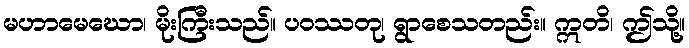
မဟာမေဃော၊ မိုးကြီးသည်။ ပဝဿတု၊ ရွာစေသတည်း။ ဣတိ၊ ဤသို့။